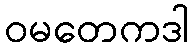
ဝမတေကဒါ